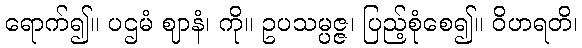
ရောက်၍။ ပဌမံ ဈာနံ၊ ကို။ ဥပသမ္ပဇ္ဇ၊ ပြည့်စုံစေ၍။ ဝိဟရတိ၊